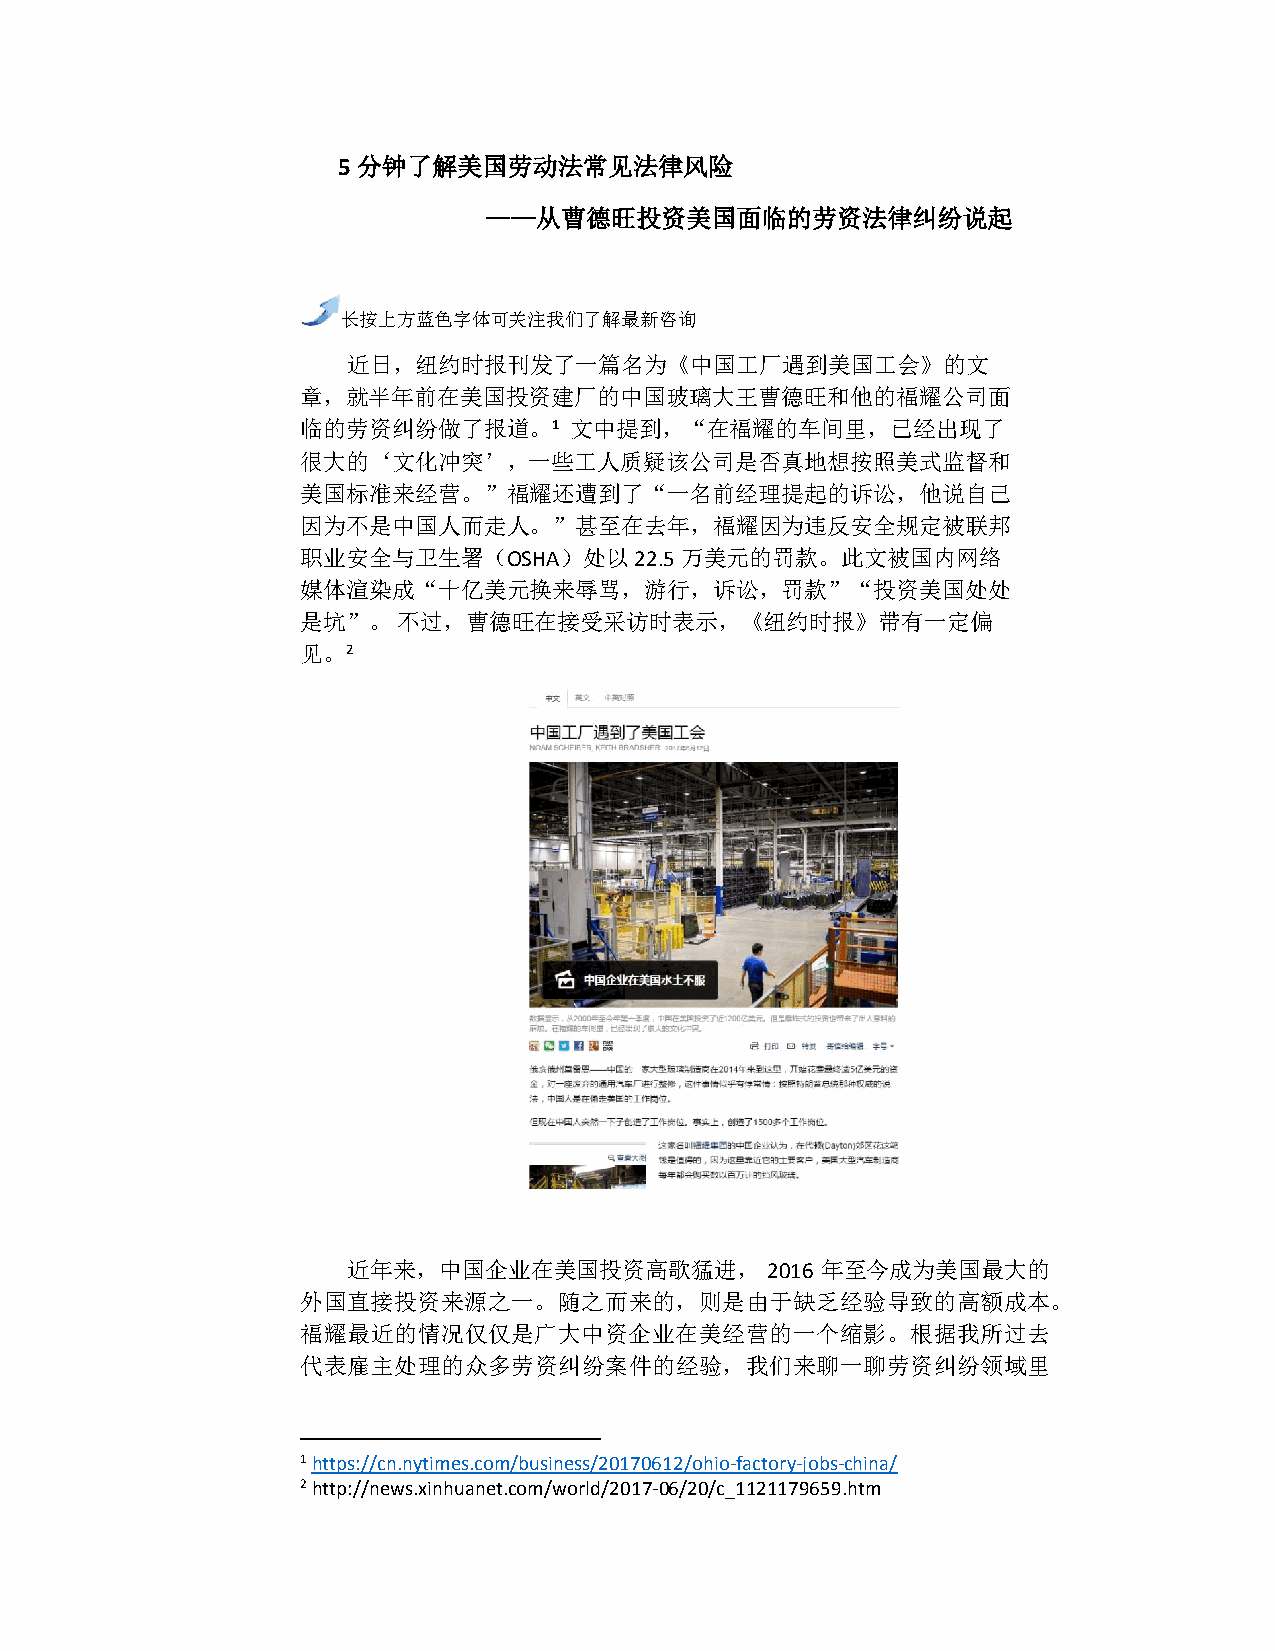
5 分钟了解美国劳动法常见法律风险
 ——从曹德旺投资美国面临的劳资法律纠纷说起
 长按上方蓝色字体可关注我们了解最新咨询
 近日，纽约时报刊发了一篇名为《中国工厂遇到美国工会》的文
 章，就半年前在美国投资建厂的中国玻璃大王曹德旺和他的福耀公司面
 临的劳资纠纷做了报道。1      文中提到，“在福耀的车间里，已经出现了
 很大的‘文化冲突’，一些工人质疑该公司是否真地想按照美式监督和
 美国标准来经营。”福耀还遭到了“一名前经理提起的诉讼，他说自己
 因为不是中国人而走人。”甚至在去年，福耀因为违反安全规定被联邦
 职业安全与卫生署（OSHA）处以22.5万美元的罚款。此文被国内网络
 媒体渲染成“十亿美元换来辱骂，游行，诉讼，罚款”“投资美国处处
 是坑”。  不过，曹德旺在接受采访时表示，《纽约时报》带有一定偏
 见。2
 近年来，中国企业在美国投资高歌猛进，          2016 年至今成为美国最大的
 外国直接投资来源之一。随之而来的，则是由于缺乏经验导致的高额成本。
 福耀最近的情况仅仅是广大中资企业在美经营的一个缩影。根据我所过去
 代表雇主处理的众多劳资纠纷案件的经验，我们来聊一聊劳资纠纷领域里
 1 https://cn.nytimes.com/business/20170612/ohio-factory-jobs-china/
 2 http://news.xinhuanet.com/world/2017-06/20/c_1121179659.htm